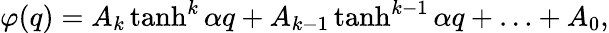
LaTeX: \varphi(q)=A_{k}\operatorname{tanh}^{k}{\alpha q}+A_{k-1}\operatorname{tanh}^{k-1}{\alpha q}+\ldots+A_{0},